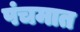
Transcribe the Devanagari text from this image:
पंचमात